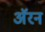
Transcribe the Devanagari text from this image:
अॅरन